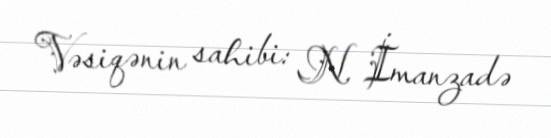
Vəsiqənin sahibi: N. İmanzadə